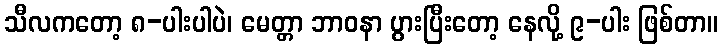
သီလကတော့ ၈-ပါးပါပဲ၊ မေတ္တာ ဘာဝနာ ပွားပြီးတော့ နေလို့ ၉-ပါး ဖြစ်တာ။